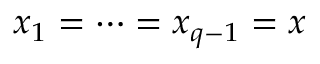
x _ { 1 } = \dots = x _ { q - 1 } = x